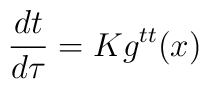
\frac{dt}{d\tau}=Kg^{tt}(x)